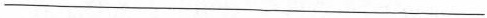
___